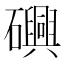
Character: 𮁕